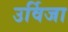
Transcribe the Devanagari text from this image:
उर्विजा